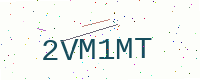
Text: 2VM1MT